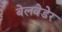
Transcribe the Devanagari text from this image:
बेलवेडेर